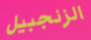
الزنجبيل